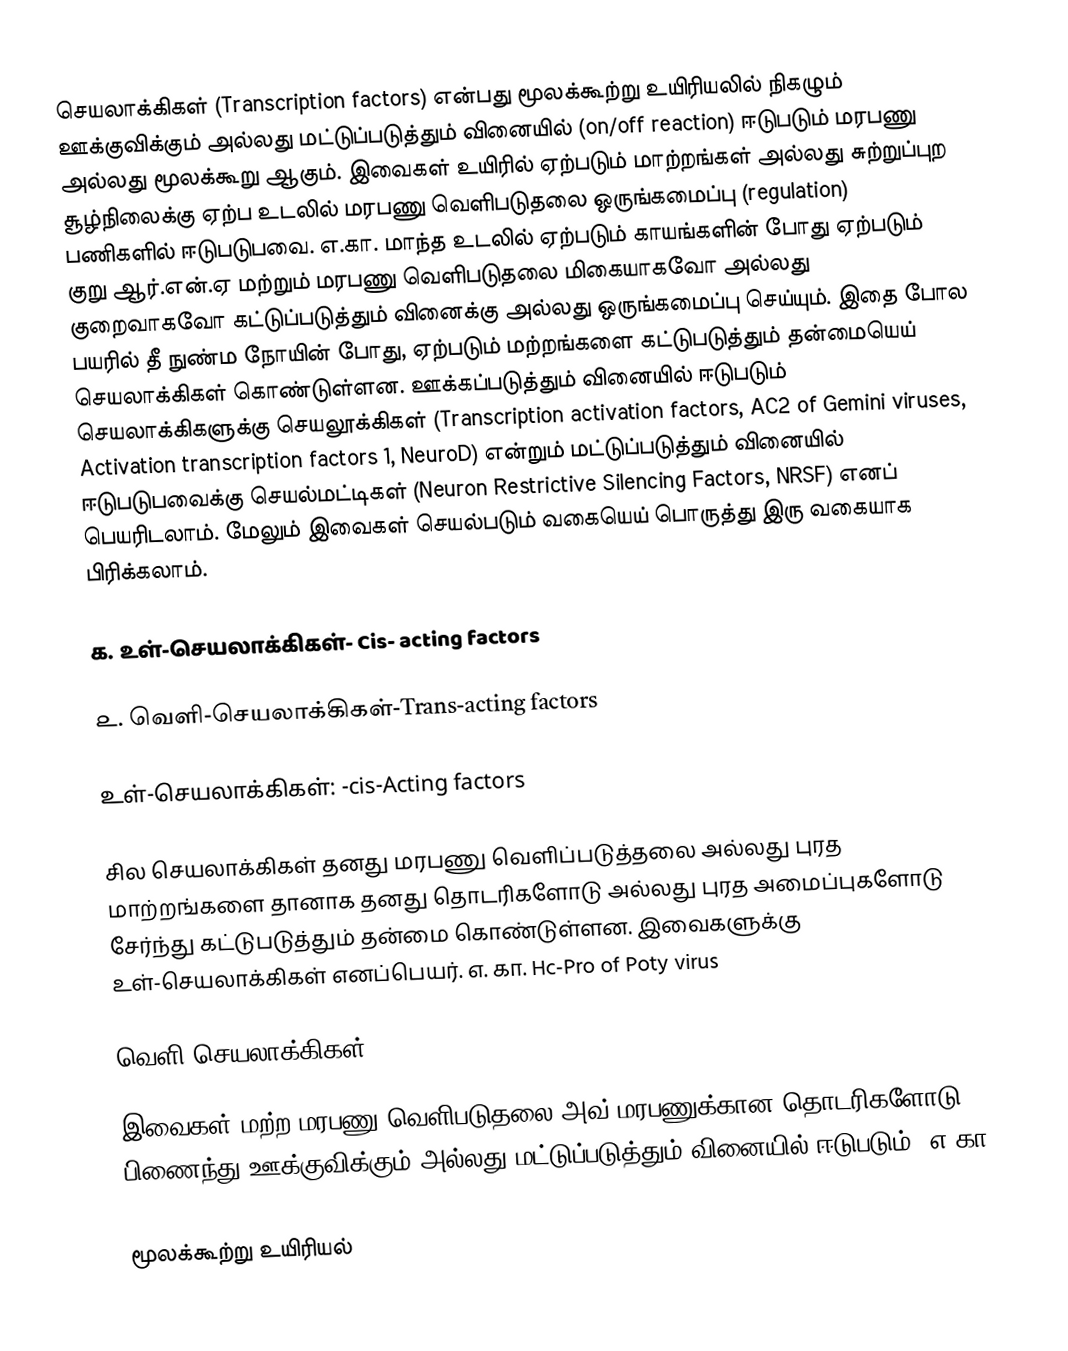
செயலாக்கிகள் (Transcription factors) என்பது மூலக்கூற்று உயிரியலில் நிகழும்  ஊக்குவிக்கும் அல்லது மட்டுப்படுத்தும் வினையில் (on/off reaction) ஈடுபடும் மரபணு அல்லது மூலக்கூறு ஆகும். இவைகள் உயிரில் ஏற்படும் மாற்றங்கள் அல்லது சுற்றுப்புற சூழ்நிலைக்கு ஏற்ப உடலில் மரபணு வெளிபடுதலை ஒருங்கமைப்பு (regulation) பணிகளில் ஈடுபடுபவை. எ.கா. மாந்த உடலில் ஏற்படும் காயங்களின் போது ஏற்படும் குறு ஆர்.என்.ஏ மற்றும் மரபணு வெளிபடுதலை மிகையாகவோ அல்லது குறைவாகவோ கட்டுப்படுத்தும் வினைக்கு அல்லது ஒருங்கமைப்பு செய்யும். இதை போல பயரில் தீ நுண்ம நோயின் போது, ஏற்படும் மற்றங்களை கட்டுபடுத்தும் தன்மையெய் செயலாக்கிகள் கொண்டுள்ளன.  ஊக்கப்படுத்தும் வினையில் ஈடுபடும் செயலாக்கிகளுக்கு செயலூக்கிகள் (Transcription activation factors, AC2 of Gemini viruses, Activation transcription factors 1, NeuroD) என்றும் மட்டுப்படுத்தும் வினையில் ஈடுபடுபவைக்கு செயல்மட்டிகள் (Neuron Restrictive Silencing Factors, NRSF) எனப் பெயரிடலாம். மேலும் இவைகள் செயல்படும் வகையெய் பொருத்து இரு வகையாக பிரிக்கலாம்.

௧. உள்-செயலாக்கிகள்- Cis- acting factors

௨. வெளி-செயலாக்கிகள்-Trans-acting factors

உள்-செயலாக்கிகள்:  -cis-Acting factors

சில செயலாக்கிகள் தனது மரபணு வெளிப்படுத்தலை அல்லது புரத மாற்றங்களை தானாக தனது தொடரிகளோடு அல்லது புரத அமைப்புகளோடு சேர்ந்து கட்டுபடுத்தும் தன்மை கொண்டுள்ளன. இவைகளுக்கு உள்-செயலாக்கிகள் எனப்பெயர். எ. கா. Hc-Pro of Poty virus

வெளி-செயலாக்கிகள்:  - trans-Acting factors

இவைகள் மற்ற மரபணு வெளிபடுதலை அவ் மரபணுக்கான தொடரிகளோடு பிணைந்து ஊக்குவிக்கும் அல்லது மட்டுப்படுத்தும் வினையில் ஈடுபடும். எ.கா AC2 of Gemini virus

மூலக்கூற்று உயிரியல்